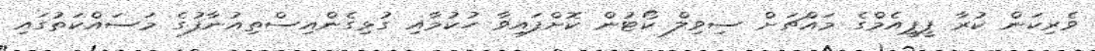
ވެރިކަން ކުރާ ޕީޕީއެމްގެ މައްޗަށް ސިވިލް ކޯޓުން ކޮށްފައިވާ ހުކުމާއި ގުޅިގެންއިސްތިއުނާފުގެ މަސައްކަތުގައި